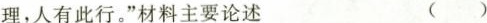
理，人有此行。”材料主要论述 ()